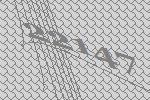
22147